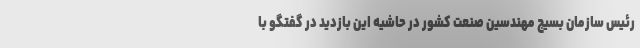
رئیس سازمان بسیج مهندسین صنعت کشور در حاشیه این بازدید در گفتگو با